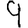
Digit: 9